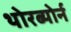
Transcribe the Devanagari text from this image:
थोरब्योर्न